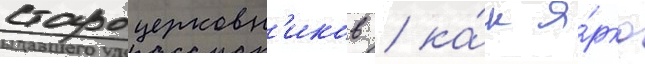
староцерковн'иков / ка́к я́рко